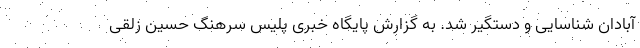
آبادان شناسایی و دستگیر شد. به گزارش پایگاه خبری پلیس سرهنگ حسین زلقی